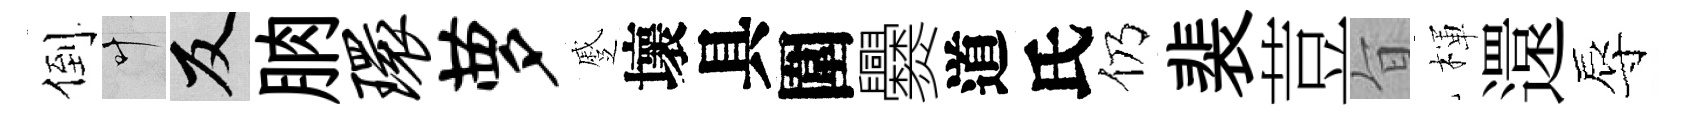
倒叶反朒环萝蹙壞具圍爨道氏仍裴荳旨楎還辱